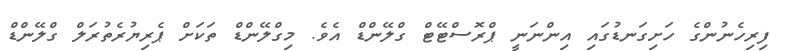
ފިރިހެނުންގެ ހަށިގަނޑުގައި އިންނަނީ ޕްރޮސްޓޭޓް ގްލޭންޑް އެވެ. މިގްލޭންޑް ތަކަށް ޕެރިޔުރެތުރަލް ގްލޭންޑް